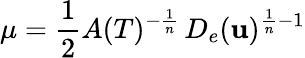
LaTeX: \mu=\frac 12A(T)^{-\frac{1}{n}}\, D_{e}(\mathbf u)^{\frac{1}{n}-1}